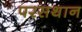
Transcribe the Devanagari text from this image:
परसथान